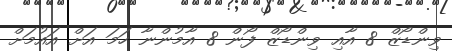
ވިންޑޯޒް 8 އާއި ވިންޑޯޒް ފޯން 8 އާމުންނާ ހަމަ އަށް އައުމަށް